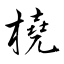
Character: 橈